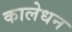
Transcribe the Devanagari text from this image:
कालेधन